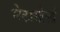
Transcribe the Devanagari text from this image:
मेटाखेलों